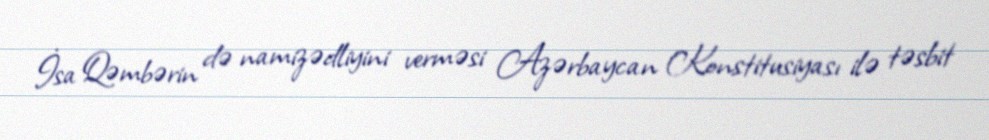
İsa Qəmbərin də namizədliyini verməsi Azərbaycan Konstitusiyası ilə təsbit